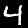
Label: 4